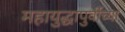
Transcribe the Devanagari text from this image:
महायुद्धापुर्वीच्या